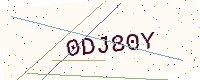
Text: 0DJ80Y